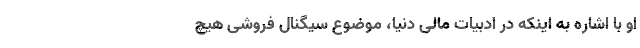
او با اشاره به اینکه در ادبیات مالی دنیا، موضوع سیگنال فروشی هیچ